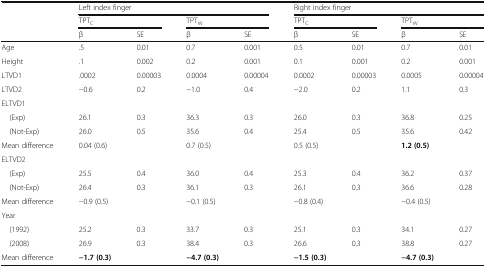
| <ROWSPAN=3>  | <COLSPAN=4> Left index finger | <COLSPAN=4> Right index finger |
 | <COLSPAN=2> TPTC | <COLSPAN=2> TPTW | <COLSPAN=2> TPTC | <COLSPAN=2> TPTW |
 | β | SE | β | SE | β | SE | β | SE |
 | --- | --- | --- | --- | --- | --- | --- | --- | --- |
 | Age | .5 | 0.01 | 0.7 | 0.001 | 0.5 | 0.01 | 0.7 | 0.01 |
 | Height | .1 | 0.002 | 0.2 | 0.001 | 0.1 | 0.001 | 0.2 | 0.001 |
 | LTVD1 | .0002 | 0.00003 | 0.0004 | 0.00004 | 0.0002 | 0.00003 | 0.0005 | 0.00004 |
 | LTVD2 | −0.6 | 0.2 | −1.0 | 0.4 | −2.0 | 0.2 | 1.1 | 0.3 |
 | <COLSPAN=9> ELTVD1 |
 | (Exp) | 26.1 | 0.3 | 36.3 | 0.3 | 26.0 | 0.3 | 36.8 | 0.25 |
 | (Not-Exp) | 26.0 | 0.5 | 35.6 | 0.4 | 25.4 | 0.5 | 35.6 | 0.42 |
 | Mean difference | 0.04 (0.6) |  | 0.7 (0.5) |  | 0.5 (0.5) |  | 1.2 (0.5) |  |
 | <COLSPAN=9> ELTVD2 |
 | (Exp) | 25.5 | 0.4 | 36.0 | 0.4 | 25.3 | 0.4 | 36.2 | 0.37 |
 | (Not-Exp) | 26.4 | 0.3 | 36.1 | 0.3 | 26.1 | 0.3 | 36.6 | 0.28 |
 | Mean difference | −0.9 (0.5) |  | −0.1 (0.5) |  | −0.8 (0.4) |  | −0.4 (0.5) |  |
 | <COLSPAN=9> Year |
 | (1992) | 25.2 | 0.3 | 33.7 | 0.3 | 25.1 | 0.3 | 34.1 | 0.27 |
 | (2008) | 26.9 | 0.3 | 38.4 | 0.3 | 26.6 | 0.3 | 38.8 | 0.27 |
 | Mean difference | −1.7 (0.3) |  | −4.7 (0.3) |  | −1.5 (0.3) |  | −4.7 (0.3) |  |